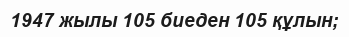
1947 жылы 105 биеден 105 құлын;